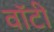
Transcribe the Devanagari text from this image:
वाॅटी